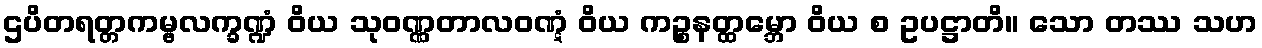
ဌပိတရတ္တကမ္ဗလက္ခဏ္ဍံ ဝိယ သုဝဏ္ဏတာလဝဏ္ဋံ ဝိယ ကဉ္စနတ္ထမ္ဘော ဝိယ စ ဥပဋ္ဌာတိ။ သော တဿ သဟ